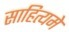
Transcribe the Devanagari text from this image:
साहित्यमे